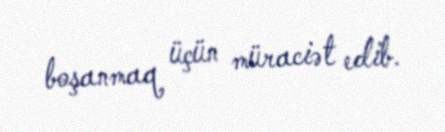
boşanmaq üçün müraciət edib.